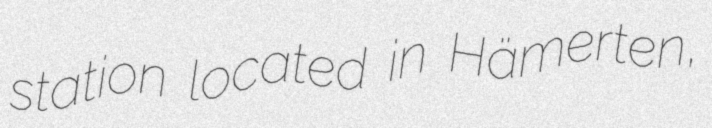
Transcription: station located in Hämerten,